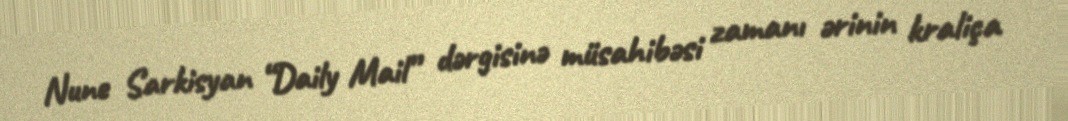
Nune Sarkisyan “Daily Mail” dərgisinə müsahibəsi zamanı ərinin kraliça